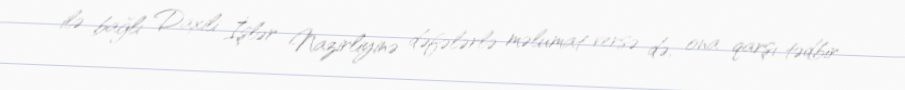
ilə bağlı Daxili İşlər Nazirliyinə dəfələrlə məlumat versə də, ona qarşı tədbir